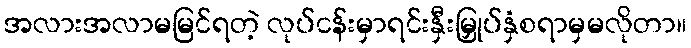
အလားအလာမမြင်ရတဲ့ လုပ်ငန်းမှာရင်းနှီးမြှုပ်နှံစရာမှမလိုတာ။